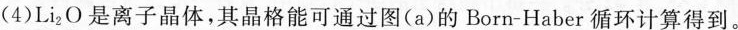
(4)Li_{2}O是离子晶体，其晶格能可通过图(a)的Born-Haber循环计算得到。